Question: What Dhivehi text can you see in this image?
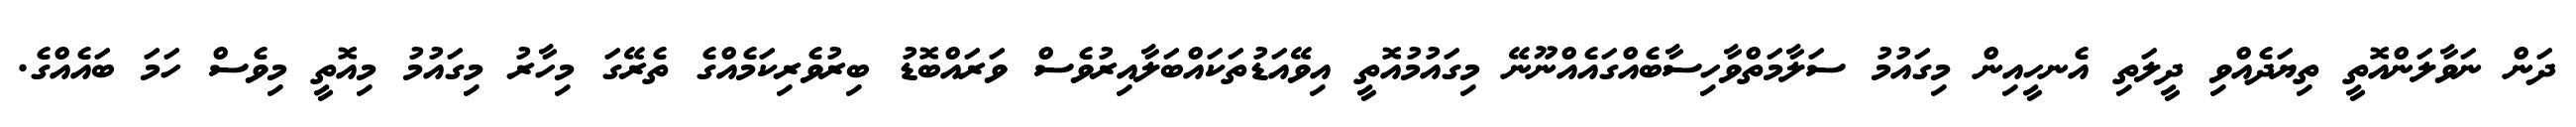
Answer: ދަން ނަވާލަންއޮތީ ތިޔަދެއްވި ދީލަތި އެނހީއިން މިގައުމު ސަލާމަތްވާހިސާބެއްގައެއްނޫނޭ މިގައުމުއޮތީ އިވޭއަޑުތަކައްބަލާއިރުވެސް ވަރައްބޮޑު ބިރުވެރިކަމެއްގެ ތެރޭގަ މިހާރު މިގައުމު މިއޮތީ މިވެސް ހަމަ ބައެއްގެ.